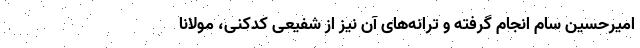
امیرحسین سام انجام گرفته و ترانه‌های آن نیز از شفیعی کدکنی، مولانا